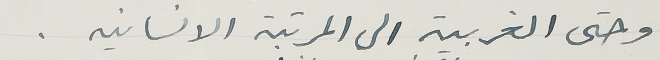
وحتى الغربيه الى المرتبة الانسانيه.